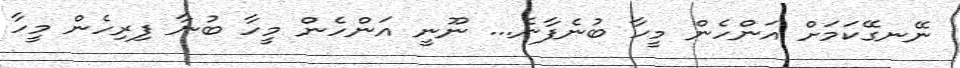
ނޭނގޭކަމަށް އަންހެން މީހާ ބުނެފާނެ... ނޫނީ އަންހެން މީހާ ބުނާ ފިރިހެން މީހާ